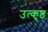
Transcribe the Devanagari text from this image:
उत्‍कृष्ठ